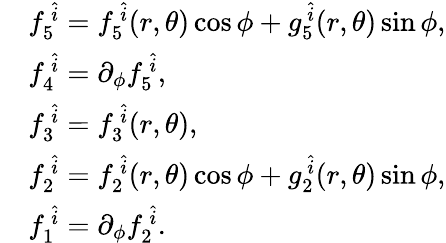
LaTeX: \begin{array}{r}{\begin{array}{rl}&{f_{5}^{~\hat{i}}=f_{5}^{~\hat{i}}(r,\theta)\cos\phi+g_{5}^{~\hat{i}}(r,\theta)\sin\phi,}\\ &{f_{4}^{~\hat{i}}=\partial_{\phi}f_{5}^{~\hat{i}},}\\ &{f_{3}^{~\hat{i}}=f_{3}^{~\hat{i}}(r,\theta),}\\ &{f_{2}^{~\hat{i}}=f_{2}^{~\hat{i}}(r,\theta)\cos\phi+g_{2}^{~\hat{i}}(r,\theta)\sin\phi,}\\ &{f_{1}^{~\hat{i}}=\partial_{\phi}f_{2}^{~\hat{i}}.}\end{array}}\end{array}